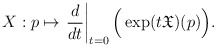
\begin{align*}X:p\mapsto \left.\frac{d}{dt}\right\vert_{t=0}\Big(\exp(t\frak{X})(p)\Big).\end{align*}